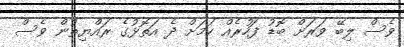
ވެސް ލިބޭ ވަރަށް ބޮޑު ފަހުރެއް ކަމަށް ދެ އަތޮޅުގެ ރައްޔިތުން ވެސް